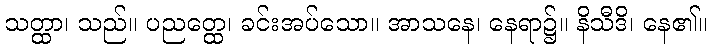
သတ္ထာ၊ သည်။ ပညတ္ထေ၊ ခင်းအပ်သော။ အာသနေ၊ နေရာ၌။ နိသီဒိ၊ နေ၏။